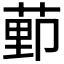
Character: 𫈩